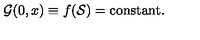
{ \cal G } ( 0 , x ) \equiv f ( { \cal S } ) = \mathrm { c o n s t a n t } .